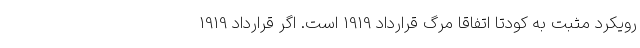
رویکرد مثبت به کودتا اتفاقا مرگ قرارداد 1919 است. اگر قرارداد 1919